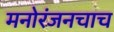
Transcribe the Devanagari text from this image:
मनोरंजनचाच